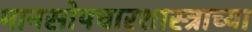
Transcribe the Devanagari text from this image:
मानसोपचारशास्त्राच्या